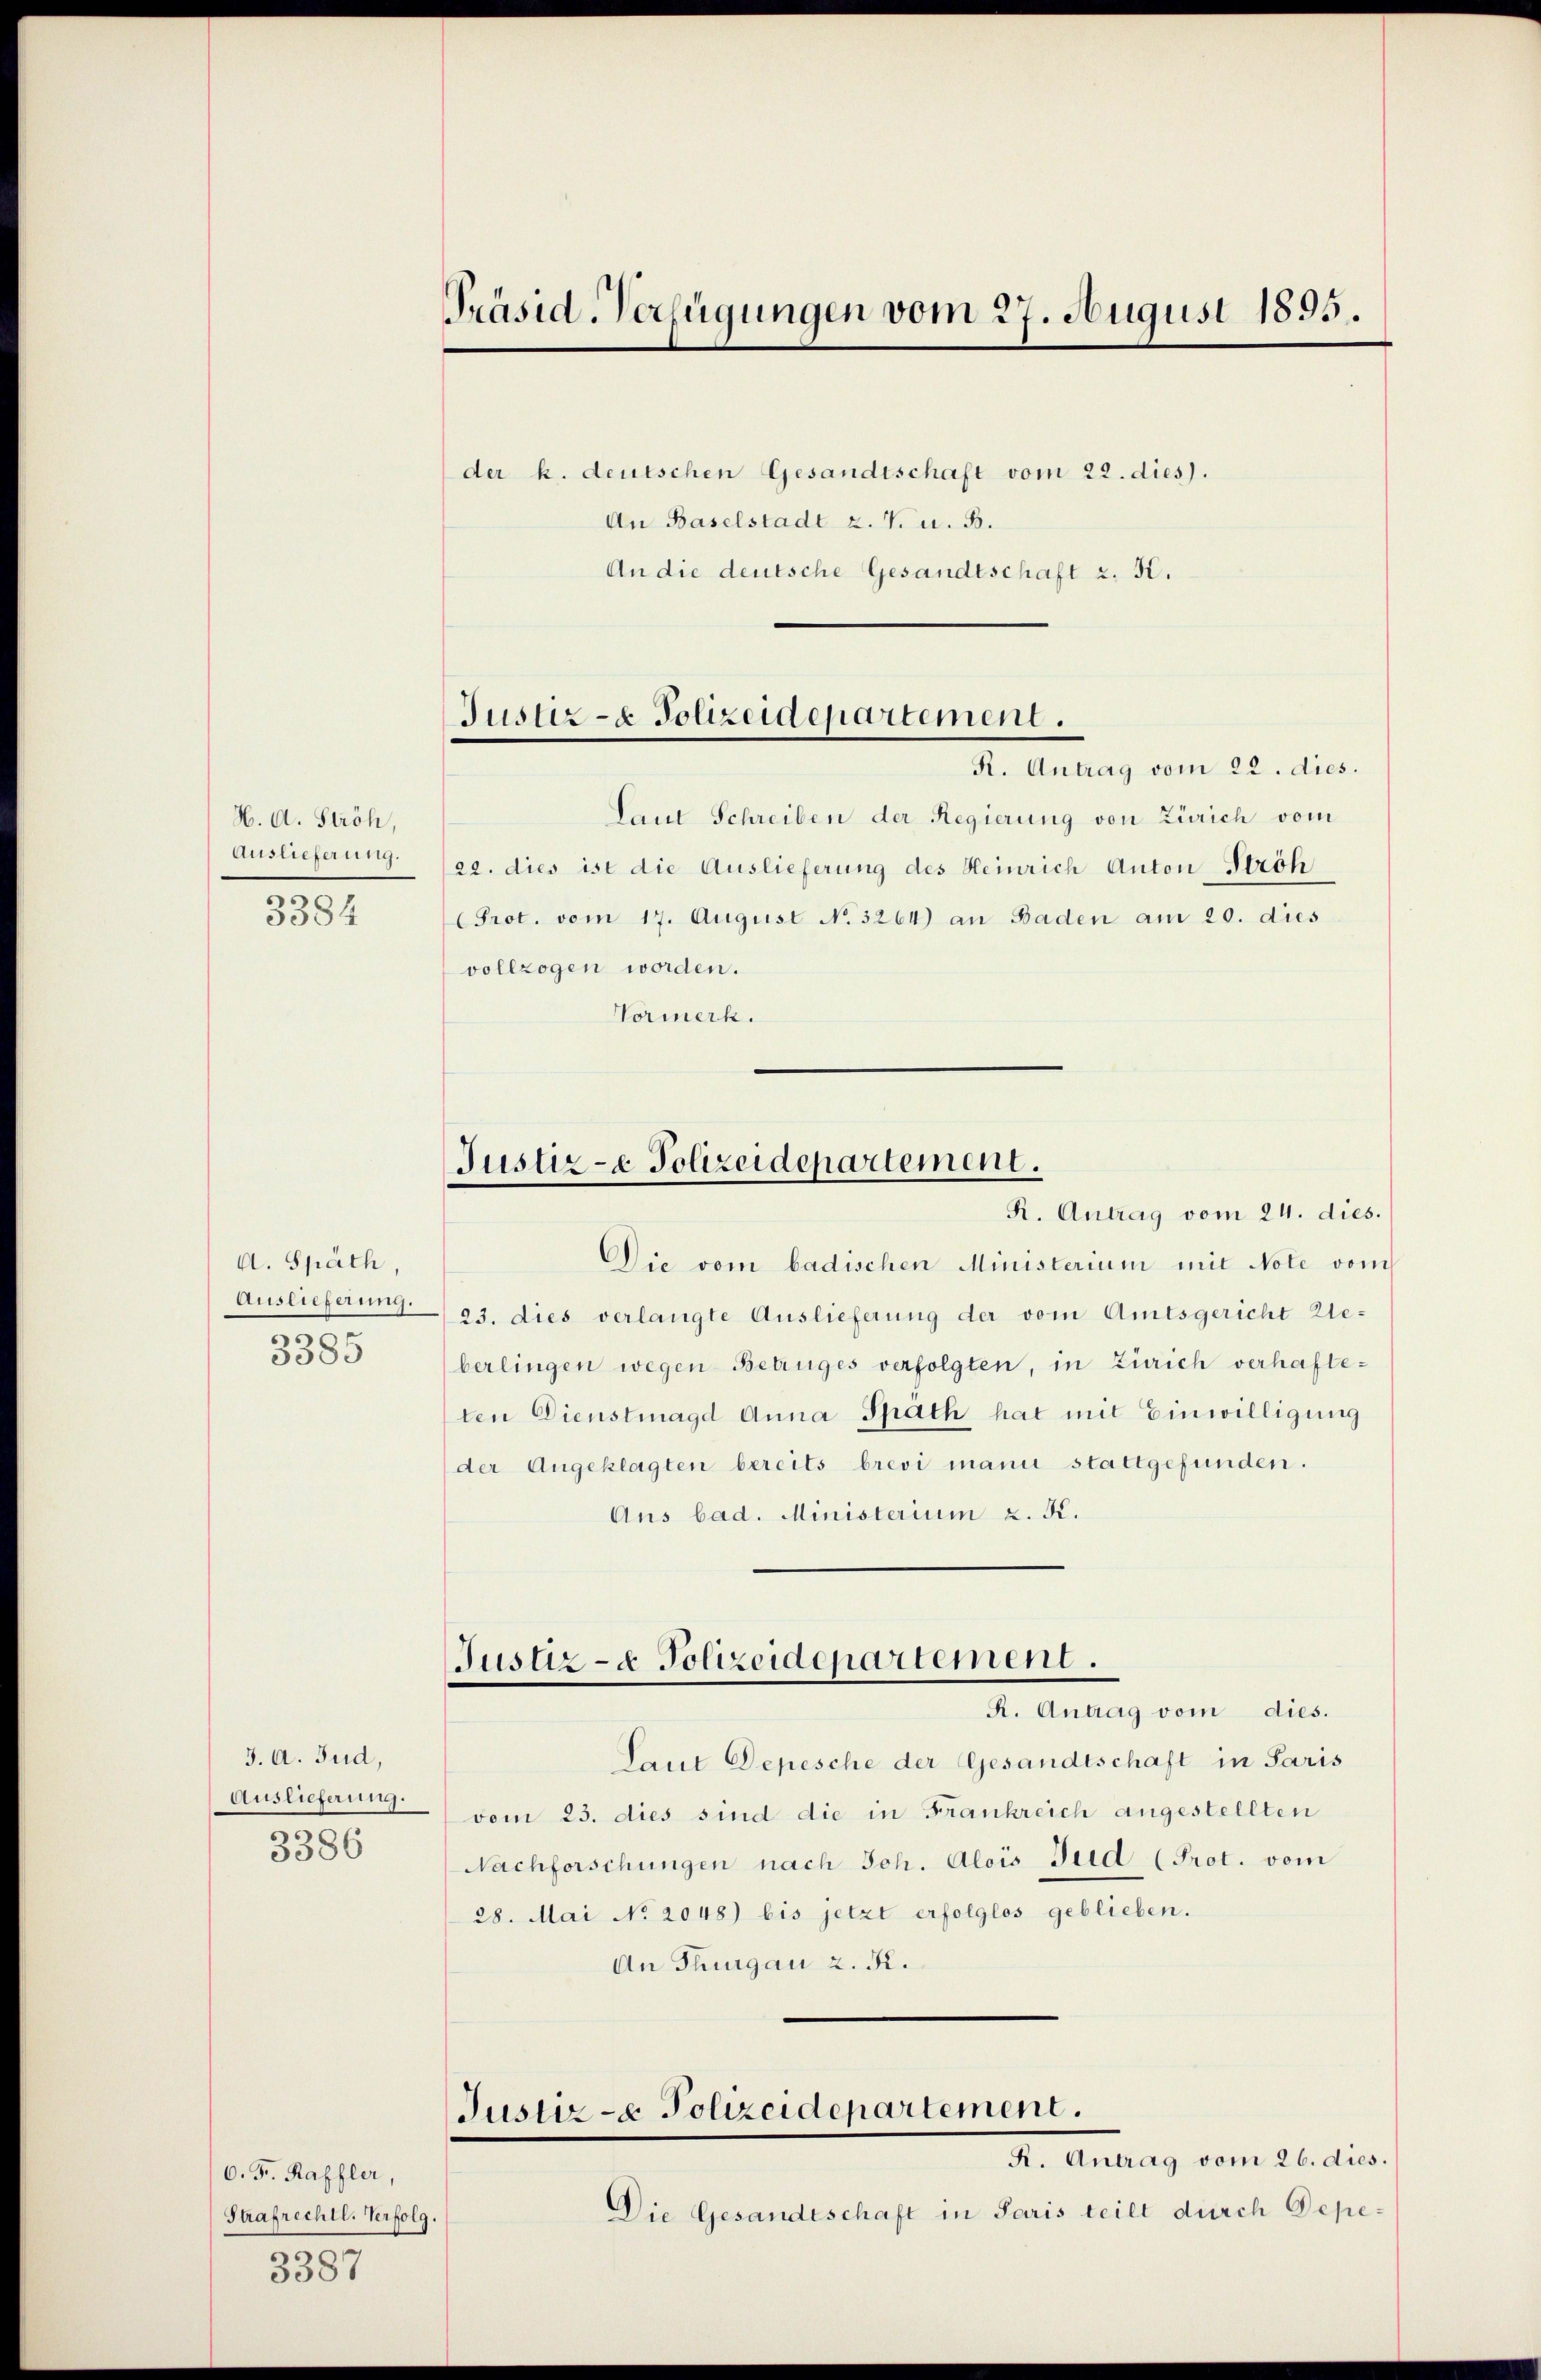
H. A. Stroh,
3384

A. Späth,
3385

3387

Präsid. Verfügungen vom 27. August 1895.
der k. deutschen Gesandtschaft vom 22. dies).

An Baselstadt z. V. u. 5.
An die deutsche Gesandtschaft z. B.

Laut Schreiben der Regierung von Zürich vom
Auslieferung. (ge. dies ist die Auslieferung des Heinrich Anton Ströh
Prot. vom 17. August No. 3264) an Baden am 20. dies
vollzogen worden.
Vormerk.

Justiz- & Polizeidepartement.
R. Antrag vom 22. dies.

Justiz- & Polizeidepartement.
R. Antrag vom 24. dies.

Die vom badischen Ministerium mit Note vom
Auslieferung. 23. dies verlangte Auslieferung der vom Amtsgericht Zeberlingen wegen Betruges verfolgten, in Zürich verhafteten Dienstmagd Anna Spath hat mit Einwilligung
(der Angeklagten bereits brevi mani stattgefunden.
Aus bad. Ministerium z. K.
J. A. Tud,
Laut Depesche der Gesandtschaft in Paris
Auslieferung.
vom 23. dies sind die in Frankreich angestellten
3386
Nachforschungen nach Joh. Alois Jud (Prot. vom
28. Mai No. 2048) bis jetzt erfolglos geblieben.
An Thurgau 2. K.
Justiz- & Polizeidepartement.
R. Antrag vom 26. dies.
6. Fr. Raffler,
Die Gesandtschaft in Paris teilt durch Depe¬
Strafrechtl. Verfolg.

Justiz- & Polizeidepartement.
R. Antrag vom dies.